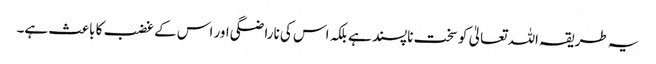
یہ طریقہ اللہ تعالیٰ کو سخت ناپسند ہے بلکہ اس کی ناراضگی اور اس کے غضب کا باعث ہے۔